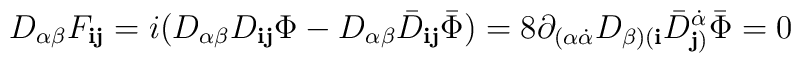
D_{\alpha\beta} F_{{\mathbf i}{\mathbf j}} = i (D_{\alpha\beta}D_{{\mathbf i}{\mathbf j}} \Phi -D_{\alpha\beta} {\bar D}_{{\mathbf i}{\mathbf j}} {\bar\Phi}) =8\partial_{(\alpha\dot\alpha} D_{\beta)({\mathbf i}}{\bar  D}^{\dot\alpha}_{{\mathbf j})} {\bar \Phi} =0